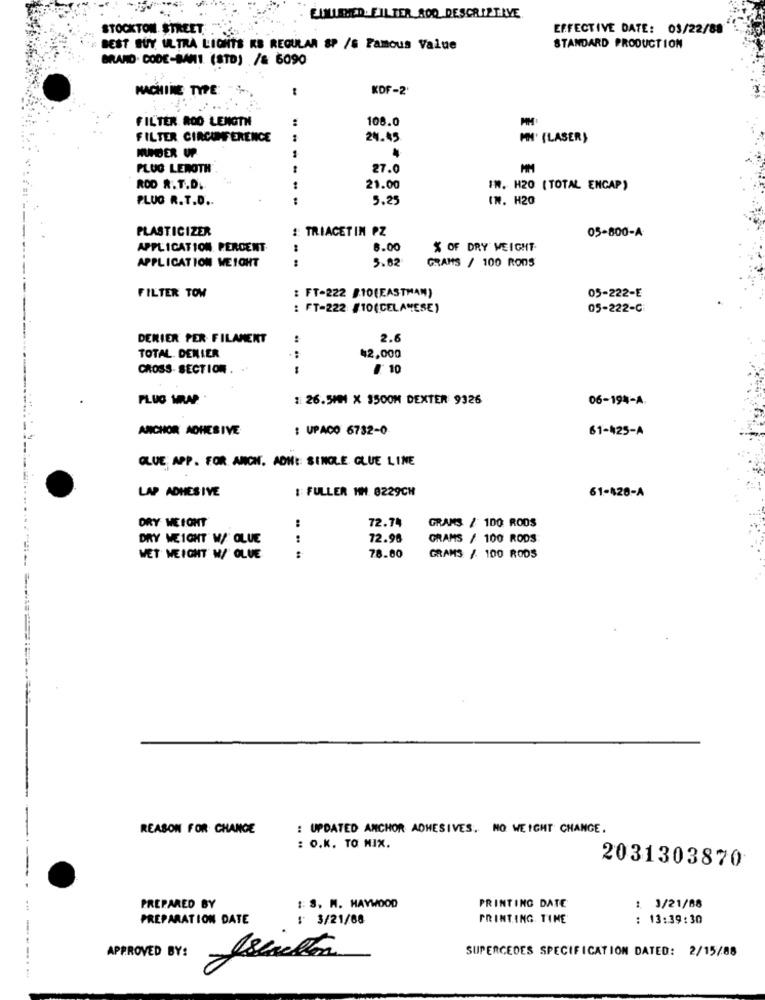
EINLLEMED. FILTER ROQ DESCRIPTIVE
STOCKTON STREET
EFFECTIVE DATE: 03/22/88
BEST BUY ULTRA LIGHTS KS REGULAR SP /S Famous Value
STANDARD PRODUCTION
MRLAND. CODE-BAMI (STD) /& 6090
MACHINE TYPE
-
KOF-2'
FILTER ROO LENGTH
108.0
FILTER CIRCUMFERENCE
....
24.45
MH' (LASER)
HUNDER UP
PLUG LEROTH
27.0
MM
ROD R. T.D.
21.00
IN. H20 ( TOTAL ENCAP)
PLUG R.T.D ..
5.25
IN. H20
PLASTICIZER
:: TRIACETIN PZ
05-800-A
APPLICATION PERCENT
6.00
% OF DRY WEIGHT
APPLICATION WEIGHT
5.82
GRAMS / 100 RODS
: FT-222 B10(EASTMAN)
FILTER TOW
05-222-E
: FT-222 /10(CELAMESE)
05-222-C
DERIER PER- FILAMENT
2.6
TOTAL. DENIER
.. ...
42,000
CROSS- SECTION .
₡: 10
PLUG WRAP
: 26.5MM X 3500M DEXTER 9326
06-194-A.
ANCHOR ADHESIVE
: UPACO 6732-0
61-425-A
GLUE APP. FOR. ANCHE. ADH: SINGLE GLUE LINE
LAP ADHESIVE
:: FULLER HH. 0229CH
61-428-A
DRY WEIGHT
72.74
GRAMS / 100 RODS
DRY WEIGHT W/ GLUE
72.98
GRAMS / 100 RODS
WET WEIGHT W/ GLUE
78.00
GRAMS / 100 RODS
REASON FOR CHANGE
: UPDATED ANCHOR ADHESIVES, NO WEIGHT CHANGE.
: O.K. TO MIX.
2031303870
PREPARED BY
:: S, M. HAYWOOD
PRINTING DATE
: 3/21/68
PREPARATION DATE
: 3/21/68
PRINTING. TIME
: 13:39:30
SUPERCEDES SPECIFICATION DATED: 2/15/88
APPROVED BY:
--------